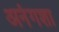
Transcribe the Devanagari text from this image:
अनंगशा